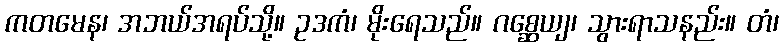
ကတမေန၊ အဘယ်အရပ်သို့။ ဥဒကံ၊ မိုးရေသည်။ ဂစ္ဆေယျ၊ သွားရာသနည်း။ တံ၊